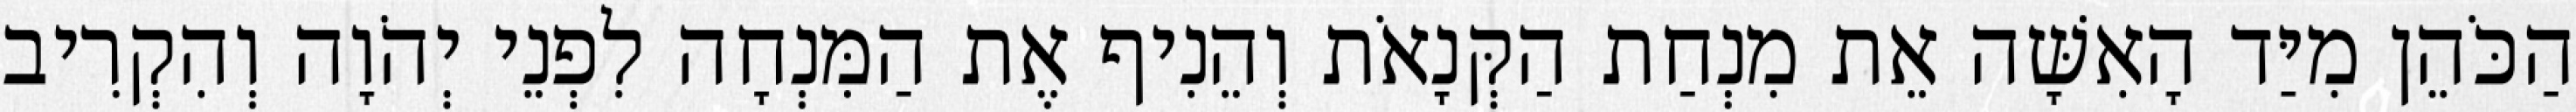
הַכֹּהֵן מִיַּד הָאִשָּׁה אֵת מִנְחַת הַקְּנָאֹת וְהֵנִיף אֶת הַמִּנְחָה לִפְנֵי יְהֹוָה וְהִקְרִיב